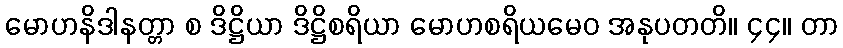
မောဟနိဒါနတ္တာ စ ဒိဋ္ဌိယာ ဒိဋ္ဌိစရိယာ မောဟစရိယမေဝ အနုပတတိ။ ၄၄။ တာ